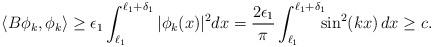
LaTeX: \begin{align*}\langle B\phi_k,\phi_k\rangle \geq \epsilon_{1} \int_{\ell_{1}}^{\ell_{1}+ \delta_{1}} |\phi_{k}(x)|^2dx = {2\epsilon_{1} \over \pi} \int_{\ell_{1}}^{\ell_{1} + \delta_{1}}\!\!\! \sin^2(kx)\,dx \geq c.\end{align*}